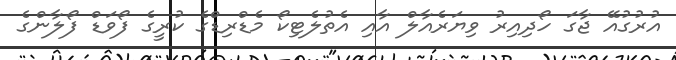
އުރުގުއޭ ޖާގަ ހޯދިއިރު ވިޔަރެއާލް އާއި އެތުލެޓިކޯ މެޑްރިޑްގެ ކުރީގެ ފޯވަޑް ފޯލާންގެ